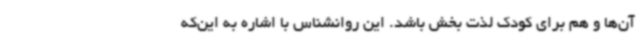
آن‌ها و هم برای کودک لذت بخش باشد. این روانشناس با اشاره به این‌که